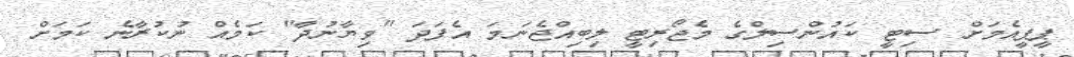
ޕީޕީއެމަށް ސިޓީ ކައުންސިލްގެ މެޖޯރިޓީ ލިބިއްޖެނަމަ އެފަދަ "ވިޔާނުދާ" ކަމެއް ނުކުރާނެ ކަމަށް